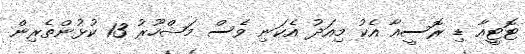
ޓޮޓީއާ ޑި ރޮސީއާ އެކު މިއަދު އެކަނި ވެސް މަޝްހޫރު 13 ކުޅުންތެރިން